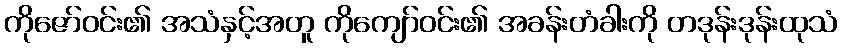
ကိုဇော်ဝင်း၏ အသံနှင့်အတူ ကိုကျော်ဝင်း၏ အခန်းတံခါးကို တဒုန်းဒုန်းထုသံ